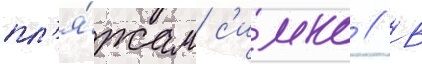
пл'я́жам с'имко // В